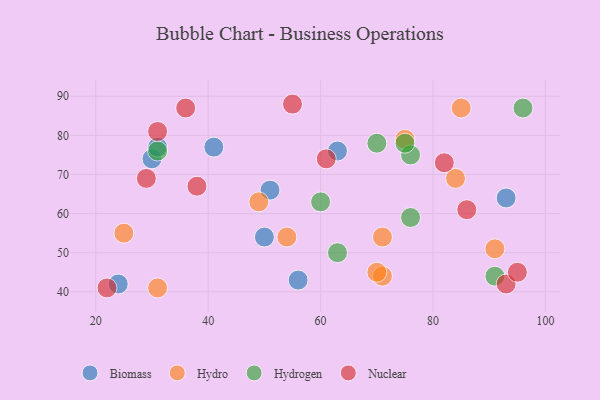
{"axis": {"x": "GDP", "y": "Life Expectancy"}, "legend": ["Biomass", "Hydro", "Hydrogen", "Nuclear"], "data": [{"x": "93", "y": 64, "type": "Biomass"}, {"x": "41", "y": 77, "type": "Biomass"}, {"x": "30", "y": 74, "type": "Biomass"}, {"x": "63", "y": 76, "type": "Biomass"}, {"x": "31", "y": 77, "type": "Biomass"}, {"x": "24", "y": 42, "type": "Biomass"}, {"x": "50", "y": 54, "type": "Biomass"}, {"x": "56", "y": 43, "type": "Biomass"}, {"x": "51", "y": 66, "type": "Biomass"}, {"x": "54", "y": 54, "type": "Hydro"}, {"x": "71", "y": 44, "type": "Hydro"}, {"x": "84", "y": 69, "type": "Hydro"}, {"x": "91", "y": 51, "type": "Hydro"}, {"x": "75", "y": 79, "type": "Hydro"}, {"x": "71", "y": 54, "type": "Hydro"}, {"x": "31", "y": 41, "type": "Hydro"}, {"x": "85", "y": 87, "type": "Hydro"}, {"x": "25", "y": 55, "type": "Hydro"}, {"x": "70", "y": 45, "type": "Hydro"}, {"x": "49", "y": 63, "type": "Hydro"}, {"x": "70", "y": 78, "type": "Hydrogen"}, {"x": "96", "y": 87, "type": "Hydrogen"}, {"x": "76", "y": 75, "type": "Hydrogen"}, {"x": "60", "y": 63, "type": "Hydrogen"}, {"x": "75", "y": 78, "type": "Hydrogen"}, {"x": "91", "y": 44, "type": "Hydrogen"}, {"x": "31", "y": 76, "type": "Hydrogen"}, {"x": "76", "y": 59, "type": "Hydrogen"}, {"x": "63", "y": 50, "type": "Hydrogen"}, {"x": "61", "y": 74, "type": "Nuclear"}, {"x": "29", "y": 69, "type": "Nuclear"}, {"x": "22", "y": 41, "type": "Nuclear"}, {"x": "86", "y": 61, "type": "Nuclear"}, {"x": "38", "y": 67, "type": "Nuclear"}, {"x": "31", "y": 81, "type": "Nuclear"}, {"x": "82", "y": 73, "type": "Nuclear"}, {"x": "93", "y": 42, "type": "Nuclear"}, {"x": "36", "y": 87, "type": "Nuclear"}, {"x": "95", "y": 45, "type": "Nuclear"}, {"x": "55", "y": 88, "type": "Nuclear"}]}